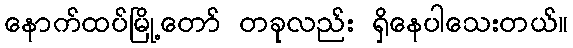
နောက်ထပ်မြို့တော် တခုလည်း ရှိနေပါသေးတယ်။